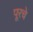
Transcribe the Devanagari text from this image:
पूरचे